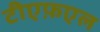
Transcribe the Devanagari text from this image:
टीएफ़एल